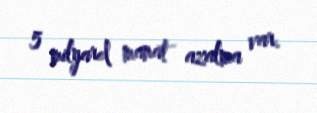
5 milyard manat azalma var.